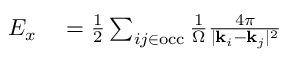
\begin{array} { r l } { E _ { x } } & { { } = \frac { 1 } { 2 } \sum _ { i j \in \mathrm { o c c } } \frac { 1 } { \Omega } \frac { 4 \pi } { | { \bf k } _ { i } - { \bf k } _ { j } | ^ { 2 } } } \end{array}